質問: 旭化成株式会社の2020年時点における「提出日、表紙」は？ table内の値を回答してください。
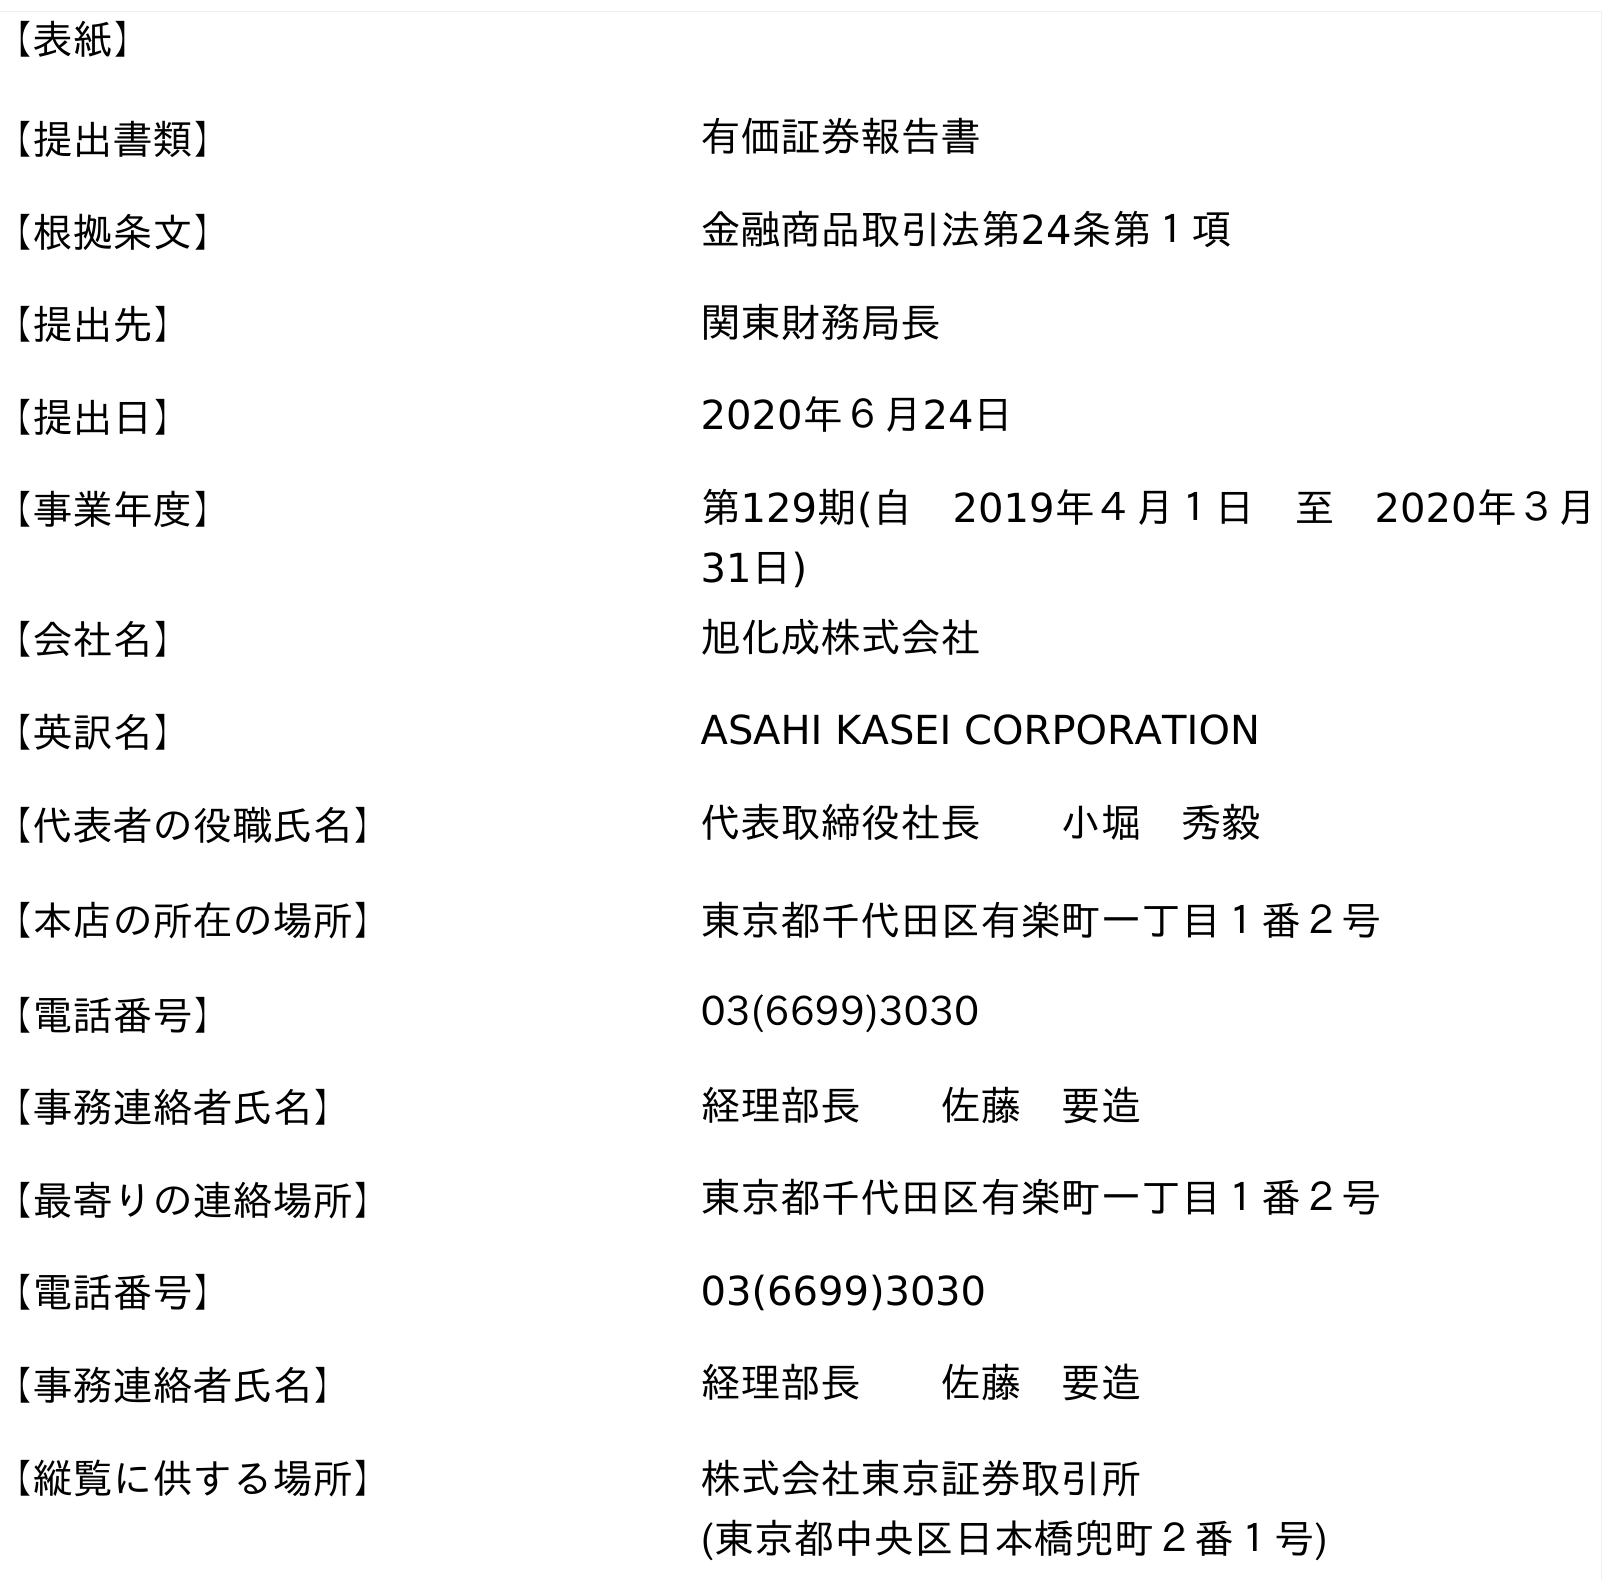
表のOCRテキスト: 【表紙】 【提出書類】 有価証券報告書 【根拠条文】 金融商品取引法第24条第１項 【提出先】 関東財務局長 【提出日】 2020年６月24日 【事業年度】 第129期(自 2019年４月１日 至 2020年３月 31日) 【会社名】 旭化成株式会社 【英訳名】 ASAHI KASEI CORPORATION 【代表者の役職氏名】 代表取締役社長  小堀 秀毅 【本店の所在の場所】 東京都千代田区有楽町一丁目１番２号 【電話番号】 03(6699)3030 【事務連絡者氏名】 経理部長  佐藤 要造 【最寄りの連絡場所】 東京都千代田区有楽町一丁目１番２号 【電話番号】 03(6699)3030 【事務連絡者氏名】 経理部長  佐藤 要造 【縦覧に供する場所】 株式会社東京証券取引所 (東京都中央区日本橋兜町２番１号)
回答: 2020年６月24日